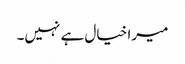
میرا خیال ہے نہیں۔